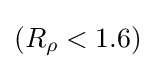
(R_{\rho }<1.6)